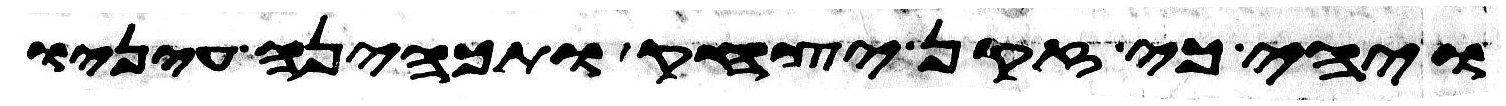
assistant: ויהי כי זקן יצחק ותכהנה עיניו